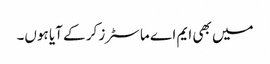
میں بھی ایم اے ماسٹرز کر کے آیا ہوں۔